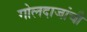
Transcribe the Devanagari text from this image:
गोलदाजांची